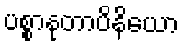
ပစ္စာနုတာပိနိယော